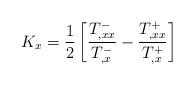
LaTeX: \begin{align*}K_x={1\over2}\left[{T^-_{,xx}\over T^-_{,x}}-{T^+_{,xx}\over T^+_{,x}}\right]\end{align*}